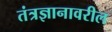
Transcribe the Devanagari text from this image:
तंत्रज्ञानावरील